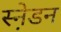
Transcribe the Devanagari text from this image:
स्ने़डन